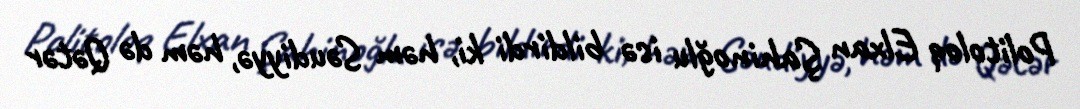
Politoloq Elxan Şahinoğlu isə bildirdi ki, həm Səudiyyə, həm də Qətər